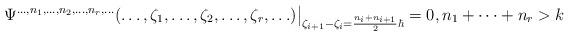
LaTeX: \begin{align*}\Psi^{\ldots,n_1,\ldots,n_2,\ldots,n_r,\ldots}(\ldots,\zeta_1,\ldots,\zeta_2,\ldots,\zeta_r,\ldots)\big\vert_{\zeta_{i+1}-\zeta_i=\frac{n_i+n_{i+1}}{2}\hbar}=0,n_1+\cdots+n_r>k\end{align*}